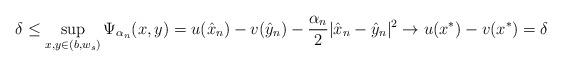
LaTeX: \begin{align*}\delta\leq \sup_{x,y\in(b,w_s)}\Psi_{\alpha_n}(x,y)=u(\hat{x}_n)-v(\hat{y}_n)-\frac{\alpha_n}{2}|\hat{x}_n-\hat{y}_n|^2\rightarrow u(x^\ast)-v(x^\ast)=\delta\end{align*}